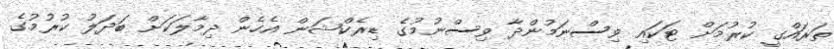
ތަރައްގީ ކުރުމަށް ޓަކައި ވިސްނަމުންދާ ވިސްނުމުގެ ޑިރެކްޝަން އެހެން ދިމާލަކަށް ބަދަލު ކުރުމުގެ